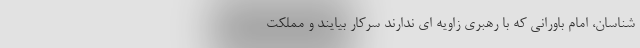
شناسان، امام باورانی که با رهبری زاویه ای ندارند سرکار بیایند و مملکت